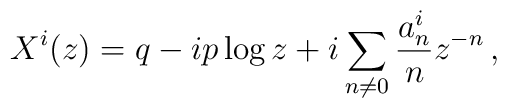
X^i(z)=q-ip\log z+i\sum_{n\neq 0}{a^i_n\over n}z^{-n}\,,